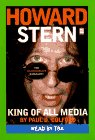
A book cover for Howard Stern: King of All Media; Paul D. Colford; Humor & Entertainment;